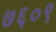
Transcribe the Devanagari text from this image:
७६०९